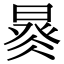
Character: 𣈩